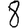
Digit: 8